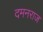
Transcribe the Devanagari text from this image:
दमनराज